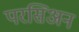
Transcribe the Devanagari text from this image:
परसिअन